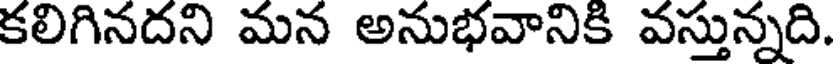
కలిగినదని మన అనుభవానికి వస్తున్నది.